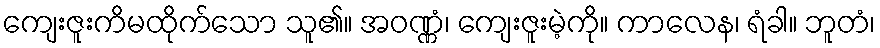
ကျေးဇူးကိမထိုက်သော သူ၏။ အဝဏ္ဏံ၊ ကျေးဇူးမဲ့ကို။ ကာလေန၊ ရံခါ။ ဘူတံ၊